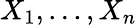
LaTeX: X_{1},...,X_{n}